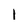
Character: 1